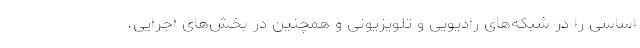
اساسی را در شبکه‌های رادیویی و تلویزیونی و همچنین در بخش‌های اجرایی‌،